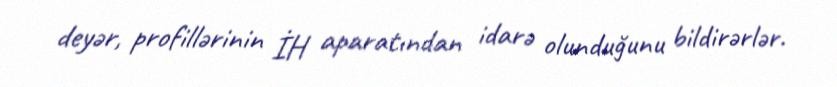
deyər, profillərinin İH aparatından idarə olunduğunu bildirərlər.